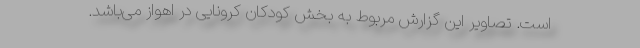
است. تصاویر این گزارش مربوط به بخش کودکان کرونایی در اهواز می‌باشد.